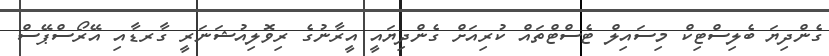
ގެންދިޔަ ބެލިސްޓިކް މިސައިލް ޓެސްޓްތައް ކުރިއަށް ގެންދިޔައީ އީރާނުގެ ރިވޮލިއުޝަނަރީ ގާރޑާއި އޭރޯސްޕޭސް